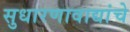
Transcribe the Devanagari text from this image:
सुधारणावाद्यांचे